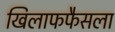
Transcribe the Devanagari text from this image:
खिलाफफैसला